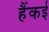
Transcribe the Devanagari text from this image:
हैंकई